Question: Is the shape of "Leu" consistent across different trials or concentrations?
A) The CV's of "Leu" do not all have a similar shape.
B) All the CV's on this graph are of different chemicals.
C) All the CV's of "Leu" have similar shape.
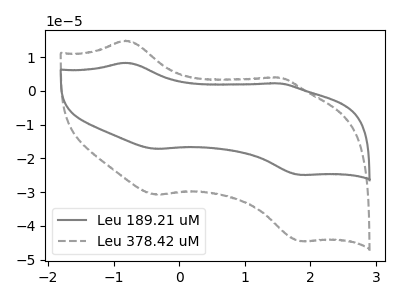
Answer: <think>The gray curve "Leu 189.21 uM" has anodic peaks at (-0.80V, 8.30uA) (1.50V, 2.20uA) and cathodic peaks at (-0.35V, -17.20uA) (1.85V, -24.90uA). The gray dashed curve "Leu 378.42 uM" has anodic peaks at (-0.80V, 14.85uA) (1.50V, 3.95uA) and cathodic peaks at (-0.35V, -30.75uA) (1.85V, -44.50uA).
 All the peaks in "Leu 189.21 uM" have a peak in "Leu 378.42 uM" at the same potential. Every peak in "Leu 189.21 uM" is lower than every peak in "Leu 378.42 uM".</think>
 <answer>C) All the CV's of "Leu" have similar shape.</answer>
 <eval>C</eval>